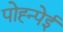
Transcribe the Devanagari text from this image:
पोह्न्पेई